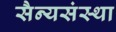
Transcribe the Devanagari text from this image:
सैन्यसंस्था